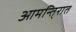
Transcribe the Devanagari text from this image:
आमन्ति्रात